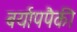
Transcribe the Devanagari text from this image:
बर्यापपैकी